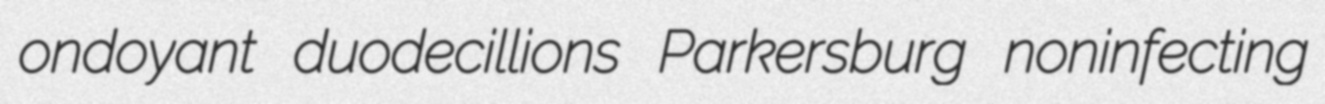
ondoyant duodecillions Parkersburg noninfecting